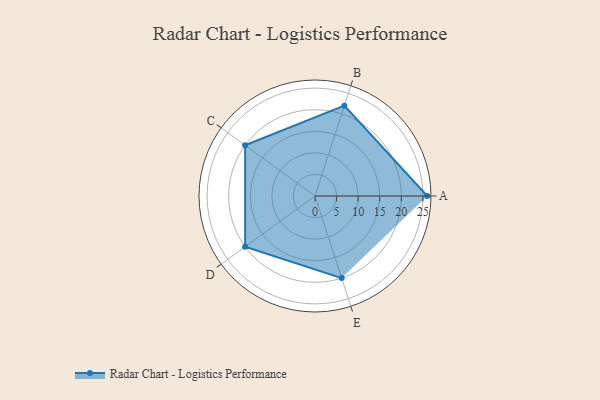
{"axis": {"x": "Skill", "y": "Score"}, "legend": ["Profile"], "data": [{"x": "A", "y": 26.0, "type": "Profile"}, {"x": "B", "y": 22.0, "type": "Profile"}, {"x": "C", "y": 20, "type": "Profile"}, {"x": "D", "y": 20, "type": "Profile"}, {"x": "E", "y": 20, "type": "Profile"}]}